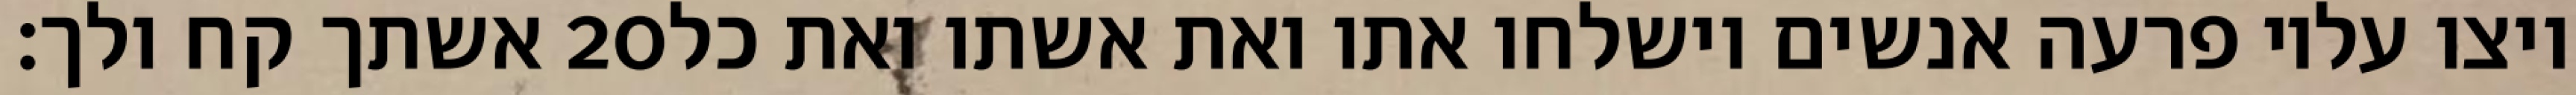
אשתך קח ולך׃ ‎20‏ ויצו עליו פרעה אנשים וישלחו אתו ואת אשתו ואת כל